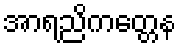
အာရညိကတ္တေန